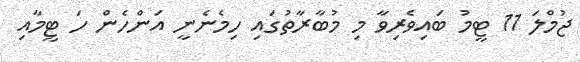
ޖުމްލަ 11 ޓީމު ބައިވެރިވާ މި މުބާރާތުގައި ހިމެނެނީ އަންހެން ހަ ޓީމާއި